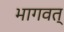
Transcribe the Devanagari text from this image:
भागवत्‌